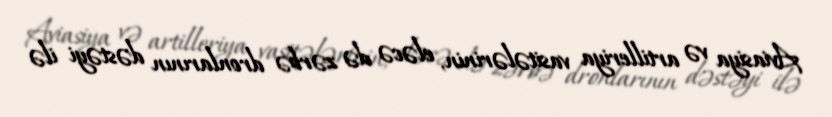
Aviasiya və artilleriya vasitələrinin, eləcə də zərbə dronlarının dəstəyi ilə